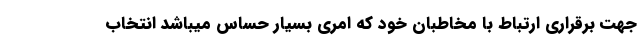
جهت برقراری ارتباط با مخاطبان خود که امری بسیار حساس میباشد انتخاب